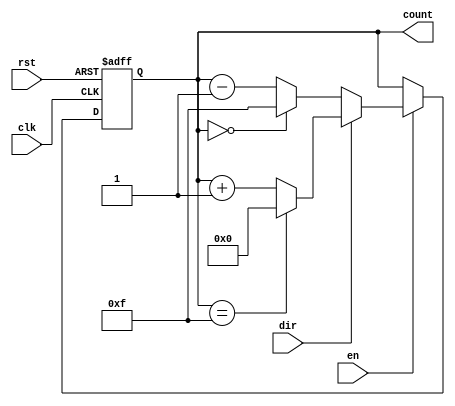
module multi_bit_counter #(
    parameter WIDTH = 4,        // Width of the counter (e.g., 4-bit, 8-bit)
    parameter MIN_COUNT = 0,    // Minimum count value
    parameter MAX_COUNT = (1 << WIDTH) - 1 // Maximum count value
)(
    input wire clk,             // Clock signal
    input wire rst,             // Reset signal
    input wire en,              // Enable signal
    input wire dir,             // Counting direction (1 for up, 0 for down)
    output reg [WIDTH-1:0] count // Current count value
);

    // Asynchronous reset (if rst is high, initialize count to MIN_COUNT)
    always @(posedge clk or posedge rst) begin
        if (rst) begin
            count <= MIN_COUNT; // Reset to minimum count
        end else if (en) begin
            // Counting logic
            if (dir) begin
                // Up counting
                if (count == MAX_COUNT) begin
                    count <= MIN_COUNT; // Wrap around
                end else begin
                    count <= count + 1; // Increment count
                end
            end else begin
                // Down counting
                if (count == MIN_COUNT) begin
                    count <= MAX_COUNT; // Wrap around
                end else begin
                    count <= count - 1; // Decrement count
                end
            end
        end
    end

endmodule